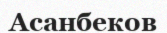
Асанбеков